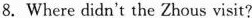
8.Where didn't the Zhous visit?